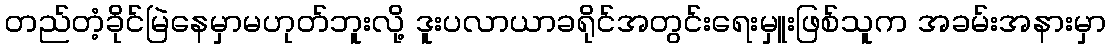
တည်တံ့ခိုင်မြဲနေမှာမဟုတ်ဘူးလို့ ဒူးပလာယာခရိုင်အတွင်းရေးမှူးဖြစ်သူက အခမ်းအနားမှာ